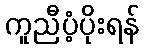
ကူညီပံ့ပိုးရန်